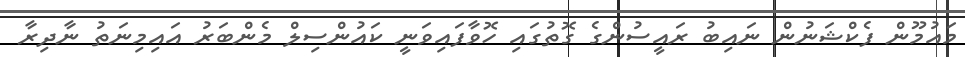
މައުމޫން ފެކްޝަނުން ނައިބު ރައީސުންގެ ގޮތުގައި ހޮވާފައިވަނީ ކައުންސިލް މެންބަރު އައިމިނަތު ނާދިރާ